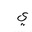
Letter: _ya